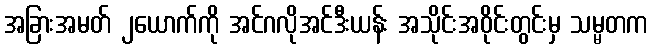
အခြားအမတ် ၂ယောက်ကို အင်ဂလိုအင်ဒီးယန်း အသိုင်းအဝိုင်းတွင်းမှ သမ္မတက